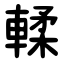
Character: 輮